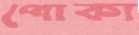
পোকা